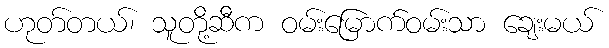
ဟုတ်တယ်၊ သူတို့ဆီက ဝမ်းမြောက်ဝမ်းသာ ချေးမယ်